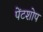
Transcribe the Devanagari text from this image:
पेंटशोप